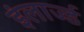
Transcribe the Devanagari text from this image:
इंलार्ज्ड